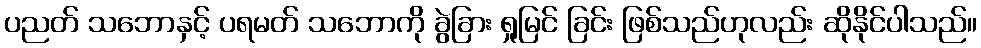
ပညတ် သဘောနှင့် ပရမတ် သဘောကို ခွဲခြား ရှုမြင် ခြင်း ဖြစ်သည်ဟုလည်း ဆိုနိုင်ပါသည်။